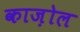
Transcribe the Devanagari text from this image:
काज़ोल